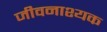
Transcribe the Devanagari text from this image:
जीवनाश्यक